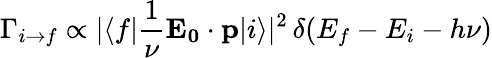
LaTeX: \Gamma_{i\to f}\propto|\langle f|{\frac{1}{\nu}}\mathbf{E_{0}}\cdot\mathbf{p}|i\rangle|^{2}\, \delta(E_{f}-E_{i}-h\nu)